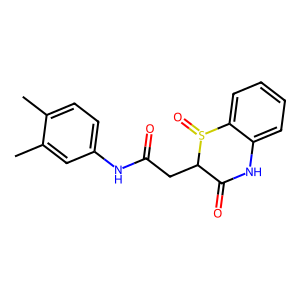
SMILES: Cc1ccc(NC(=O)CC2C(=O)Nc3ccccc3S2=O)cc1C
Inhibits HIV replication: No